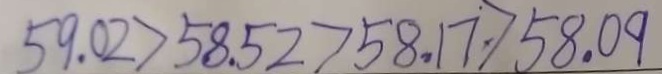
5 9 . 0 2 > 5 8 . 5 2 > 5 8 . 1 7 > 5 8 . 0 9